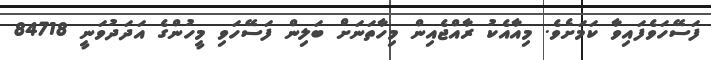
ފަސޭހަވެފައިވާ ކަމަށެވެ. މިއާއެކު ރާއްޖެއިން މިހާތަނަށް ބަލިން ފަސޭހަވި މީހުންގެ އަދަދުވަނީ 84718